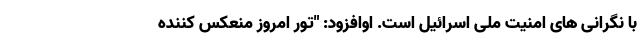
با نگرانی های امنیت ملی اسرائیل است. اوافزود: "تور امروز منعکس کننده